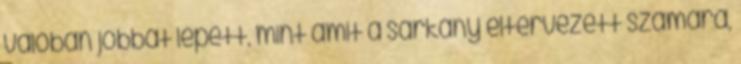
valóban jobbat lépett, mint amit a sárkány eltervezett számára,